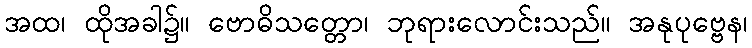
အထ၊ ထိုအခါ၌။ ဗောဓိသတ္တော၊ ဘုရားလောင်းသည်။ အနုပုဗ္ဗေန၊